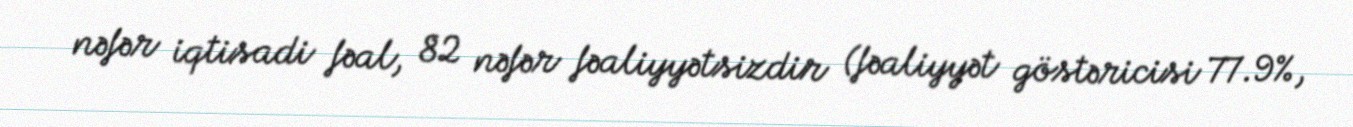
nəfər iqtisadi fəal, 82 nəfər fəaliyyətsizdir (fəaliyyət göstəricisi 77.9%,